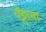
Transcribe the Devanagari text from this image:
चेंडूंच्या